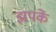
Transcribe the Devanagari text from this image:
झपकें